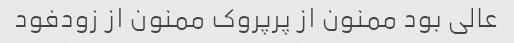
عالی بود ممنون از پرپروک ممنون از زودفود